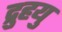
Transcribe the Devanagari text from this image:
द्रुुहयु